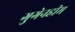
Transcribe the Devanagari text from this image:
गुगेनहीम